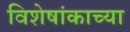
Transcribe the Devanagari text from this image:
विशेषांकाच्या